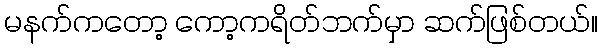
မနက်ကတော့ ကော့ကရိတ်ဘက်မှာ ဆက်ဖြစ်တယ်။